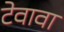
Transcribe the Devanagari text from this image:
टेवावा